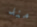
مند